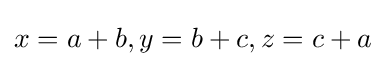
x=a+b,y=b+c,z=c+a